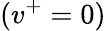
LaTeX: (v^{+}=0)